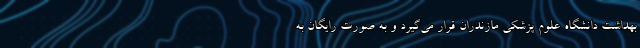
بهداشت دانشگاه علوم پزشکی مازندران قرار می‌گیرد و به صورت رایگان به